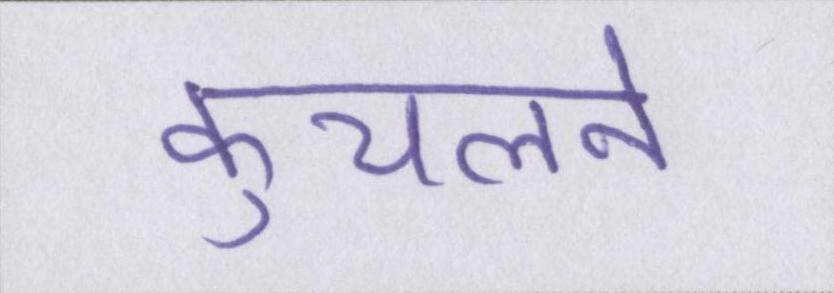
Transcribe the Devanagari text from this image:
कुचलने